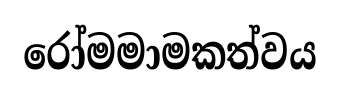
රෝමමාමකත්වය